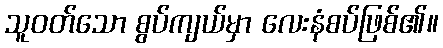
သူဝတ်သော စွပ်ကျယ်မှာ လေးနံစပ်ဖြစ်၏။